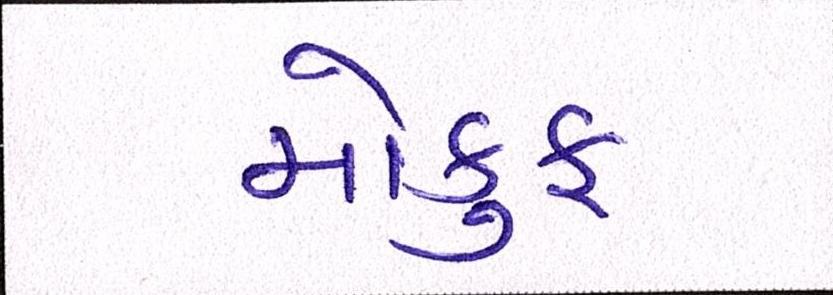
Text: મોકુફ